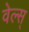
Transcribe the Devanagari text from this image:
वेल्स्